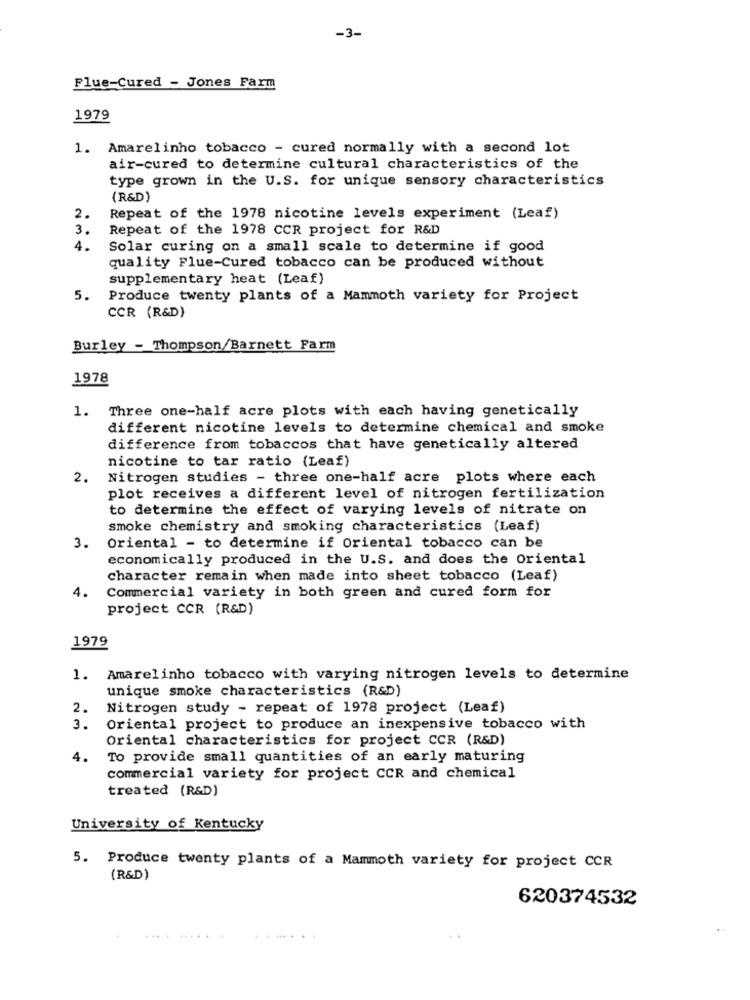
-3-
Flue-Cured - Jones Farm
1979
1. Amarelinho tobacco - cured normally with a second lot
air-cured to determine cultural characteristics of the
type grown in the U.S. for unique sensory characteristics
(R&D)
2.
Repeat of the 1978 nicotine levels experiment (Leaf)
3.
Repeat of the 1978 CCR project for R&D
4.
Solar curing on a small scale to determine if good
quality Flue-Cured tobacco can be produced without
supplementary heat (Leaf)
5.
Produce twenty plants of a Mammoth variety for Project
CCR (R&D)
Burley - Thompson/Barnett Farm
1978
1. Three one-half acre plots with each having genetically
different nicotine levels to determine chemical and smoke
difference from tobaccos that have genetically altered
nicotine to tar ratio (Leaf)
2.
Nitrogen studies - three one-half acre plots where each
plot receives a different level of nitrogen fertilization
to determine the effect of varying levels of nitrate on
smoke chemistry and smoking characteristics (Leaf)
3.
Oriental - to determine if Oriental tobacco can be
economically produced in the U.S. and does the Oriental
character remain when made into sheet tobacco (Leaf)
4.
Commercial variety in both green and cured form for
project CCR (R&D)
1979
1. Amarelinho tobacco with varying nitrogen levels to determine
unique smoke characteristics (R&D)
2.
Nitrogen study - repeat of 1978 project (Leaf)
3.
Oriental project to produce an inexpensive tobacco with
Oriental characteristics for project CCR (R&D)
4.
To provide small quantities of an early maturing
commercial variety for project CCR and chemical
treated (R&D)
University of Kentucky
5. Produce twenty plants of a Mammoth variety for project CCR
(R&D)
620374532